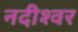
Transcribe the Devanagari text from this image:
नदीश्वर